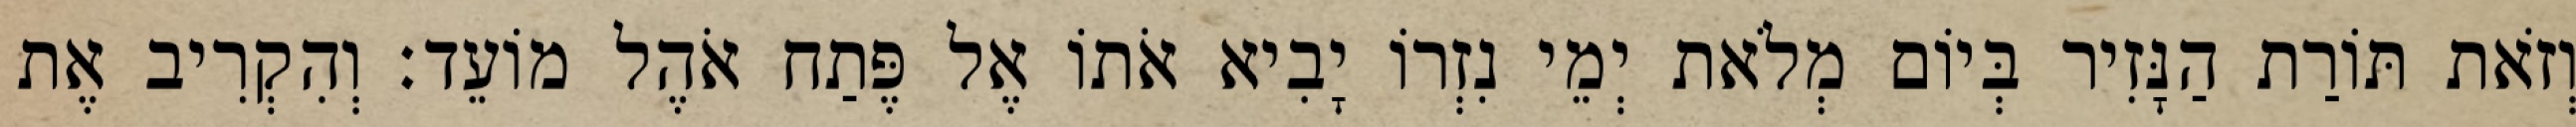
וְזֹאת תּוֹרַת הַנָּזִיר בְּיוֹם מְלֹאת יְמֵי נִזְרוֹ יָבִיא אֹתוֹ אֶל פֶּתַח אֹהֶל מוֹעֵד׃ וְהִקְרִיב אֶת